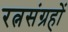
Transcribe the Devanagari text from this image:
रत्नसंग्रहों